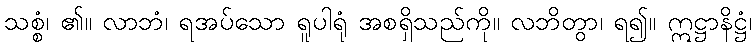
သစ္စံ၊ ၏။ လာဘံ၊ ရအပ်သော ရူပါရုံ အစရှိသည်ကို။ လဘိတွာ၊ ရ၍။ ဣဋ္ဌာနိဋ္ဌံ၊